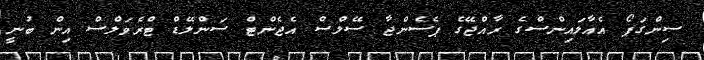
ސިންގަޕޯ އެއާލައިންސްގެ ރާއްޖޭގެ ޕެސެންޖާ ސޭލްސް އެޖެންޓް ސަންލޭޑް ޓްރެވަލްސް އިން ބުނީ